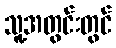
သူ့အတွင်းတွင်